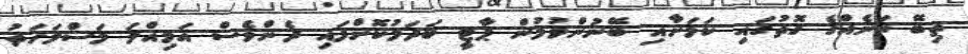
ތިބޭ ތަނެއްގެ ގޮތުގައި ކަމަށާއި ބޭނުންވުމުން ޕާޓީ ބަދަލުކޮށްފައި ދެންވެސް އަމިއްލަ މަސްލަހަތު